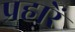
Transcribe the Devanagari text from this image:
प्रहारें